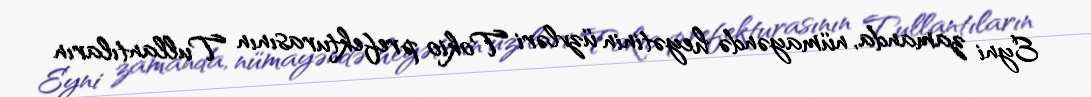
Eyni zamanda, nümayəndə heyətinin üzvləri Tokio prefekturasının Tullantıların